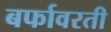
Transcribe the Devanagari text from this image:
बर्फावरती